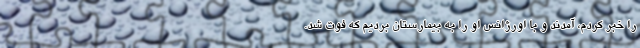
را خبر کردم، آمدند و با اورژانس او را به بیمارستان بردیم که فوت شد.